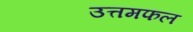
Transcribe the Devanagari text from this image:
उत्तमफल